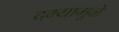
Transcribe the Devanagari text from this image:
दम्यामुळे